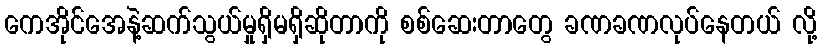
ကေအိုင်အေနဲ့ဆက်သွယ်မှုရှိမရှိဆိုတာကို စစ်ဆေးတာတွေ ခဏခဏလုပ်နေတယ် လို့